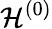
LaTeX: \mathcal{H}^{\left(0\right)}